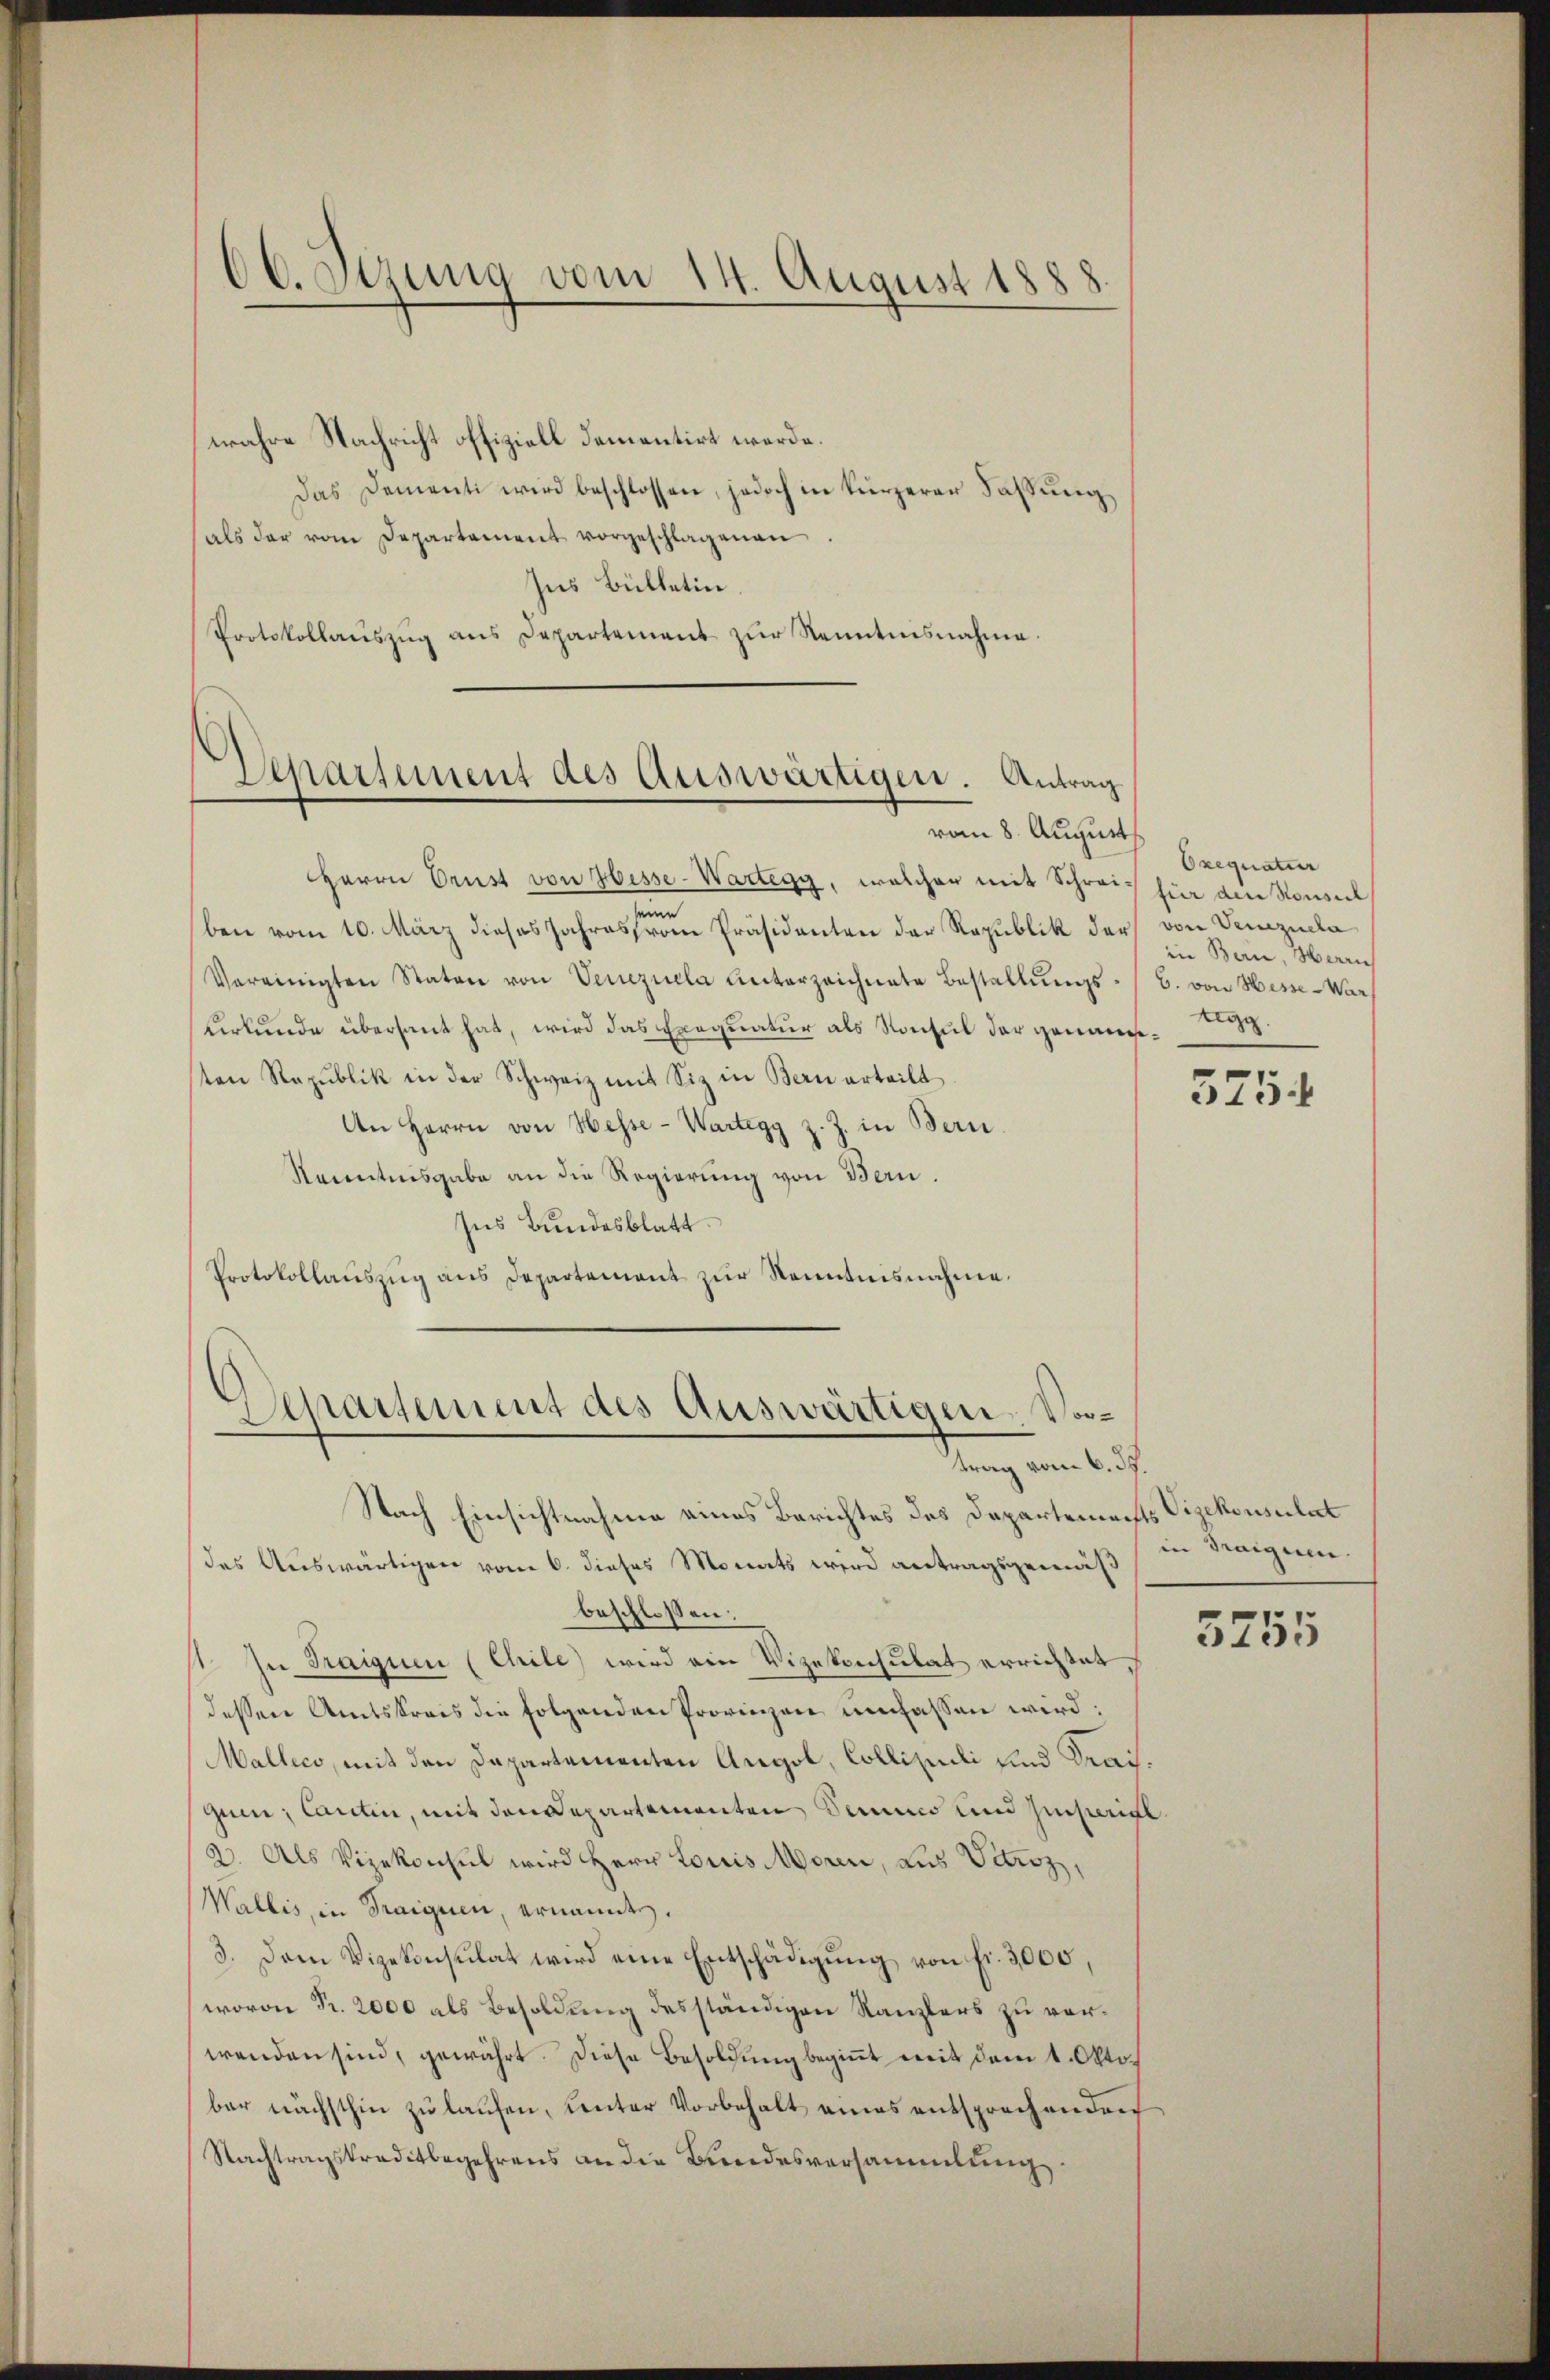
66. Stzung vom 14. August 1888

wahre Nachricht offiziell dementirt werde.
Das Damenti wird beschlossen, jedoch in kürzerer Fassŭng
als der vom Departement vorgeschlagenen
Ins Bülletin.
Protokollaŭszŭg ans Departement zŭr Kenntnisnahme.

Departement des Auswärtigen. Antrag
vom 8. August

Departement des Auswärtigen. Vordung vom Auf

Herrn Prust von Hesse-Wartegg, welcher mit Schreiz für die Konsul
ben vom 10. März dieses Jahresfrom Präsidenten der Republik der von Venezuela
Vereinigten Staten von Venezuela unterzeichnete Bestellŭngs-
kerkunde überhaut hat, wird das Exequatur als Konsul der genannsten Republik in der Schweiz mit Siz in Bern erteilt
An Herrn von Hesse-Wartegg z. Z. in Bern.
Kenntnisgabe an die Regierung von Bern.
Ins Bundesblatt
Protokollauszug aus Departement zur Kenntnisnahme.

Nach Einsichtnahme eines Berichtes des Departemechts Vizekonsulat
des Auswärtigen vom 6. dieses Monats wird antragsgemäß
beschlossen:
11. In Traique (Chile) wird ein Vizekonsulat errichtet,
dessene Amtskreis die folgenden Provinzen umfassen wird:
Mallico, mit den Departementen Angel, Colliseli und Kraigum Cantin, mit den Departementen Senio und Zinseriel
2. Als Vizekonsul wird Herr Louis Moren, aus Vitroz,
Wallis, in Traiguen, ernannte.
3. Dem Vizekonsulat wird eine Entschädigung von fr. 3,000,
wovon Pr. 2000 als Besoldung desständigen Kanzlers zu verwenden sind, gewährt. Diese Besoldung beginnt mit dem 1. Oktober nächsthin zu laufen, unter Vorbehalt eines entsprechenden
Nachtragskreditbegehrens an die Bundesversammlung

Oxequatur
in Bern, Herrich
b. von Hesse - War
tegg

5754

in Traignen.

5255